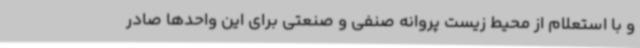
و با استعلام از محیط زیست پروانه صنفی و صنعتی برای این واحدها صادر